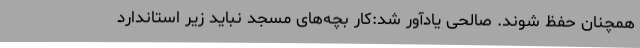
همچنان حفظ شوند. صالحی یادآور شد:کار بچه‌های مسجد نباید زیر استاندارد